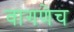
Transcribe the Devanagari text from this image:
वागणेच